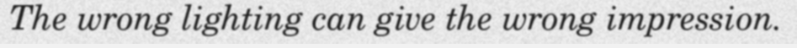
The wrong lighting can give the wrong impression.